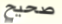
صحيح